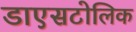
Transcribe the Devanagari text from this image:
डाएसटोलिक